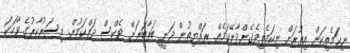
ނިކަމެތިކަން އިތުރަށް ނިކަމެތިވެގެންދާނޭކަމެއް. ރައްޔިތުން ދަނީ ބަރާބަރަށް ޓެކްސް ދައްކަމުން. މިސަރުކާރުގެ ވާހަކަ